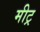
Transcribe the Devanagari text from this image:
मीट्र